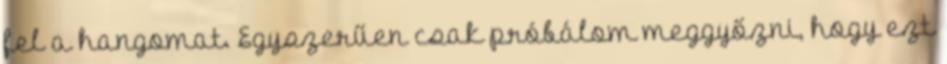
fel a hangomat. Egyszerűen csak próbálom meggyőzni, hogy ezt